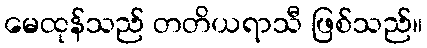
မေထုန်သည် တတိယရာသီ ဖြစ်သည်။